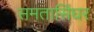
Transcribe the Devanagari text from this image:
समतासिंघर